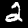
Label: 2